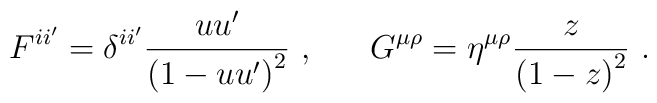
F^{ii'} = \delta^{ii'} \frac{uu'}{\left(1-uu' \right)^{2}}~,~~~~~  G^{\mu\rho}= \eta^{\mu\rho} \frac{z}{\left(1-z \right)^{2}}~.